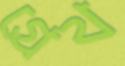
গ্রেথ